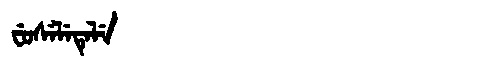
Manchu: ᠸᡠᠰᡝᠯᡝᡨᡝᠯᡝ
Romanization: FUSELETELE